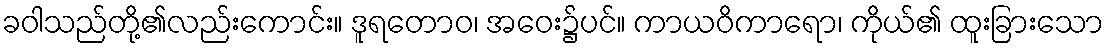
ခဝါသည်တို့၏လည်းကောင်း။ ဒူရတောဝ၊ အဝေး၌ပင်။ ကာယဝိကာရော၊ ကိုယ်၏ ထူးခြားသော